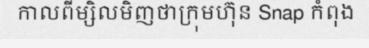
កាលពីម្សិលមិញថាក្រុមហ៊ុន Snap កំពុង